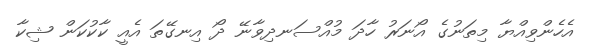
އެހެންވިއްޔާ މިތަނުގެ އޯނަރު ހާދަ މުއްސަނދިވާނޭ ދޯ އިނގޭތަ އެއީ ކާކުކަން ޝިކާ